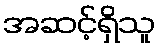
အဆင့်ရှိသူ